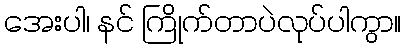
အေးပါ၊ နင် ကြိုက်တာပဲလုပ်ပါကွာ။